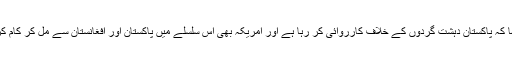
البتہ یہ کہا کہ پاکستان دہشت گردوں کے خلاف کارروائی کر رہا ہے اور امریکہ بھی اِس سلسلے میں پاکستان اور افغانستان سے مل کر کام کر رہا ہے۔